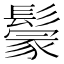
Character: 𩮡